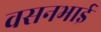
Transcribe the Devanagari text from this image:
वसनभाई